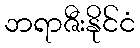
ဘရာဇီးနိုင်ငံ